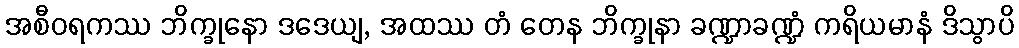
အစီဝရကဿ ဘိက္ခုနော ဒဒေယျ, အထဿ တံ တေန ဘိက္ခုနာ ခဏ္ဍာခဏ္ဍံ ကရိယမာနံ ဒိသွာပိ